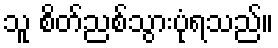
သူ စိတ်ညစ်သွားပုံရသည်။